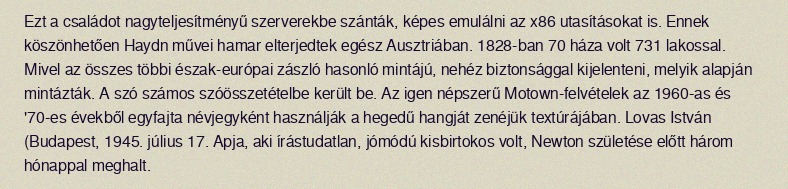
Ezt a családot nagyteljesítményű szerverekbe szánták, képes emulálni az x86 utasításokat is. Ennek köszönhetően Haydn művei hamar elterjedtek egész Ausztriában. 1828-ban 70 háza volt 731 lakossal. Mivel az összes többi észak-európai zászló hasonló mintájú, nehéz biztonsággal kijelenteni, melyik alapján mintázták. A szó számos szóösszetételbe került be. Az igen népszerű Motown-felvételek az 1960-as és '70-es évekből egyfajta névjegyként használják a hegedű hangját zenéjük textúrájában. Lovas István (Budapest, 1945. július 17. Apja, aki írástudatlan, jómódú kisbirtokos volt, Newton születése előtt három hónappal meghalt.